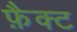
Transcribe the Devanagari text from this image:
फ़ैक्ट